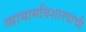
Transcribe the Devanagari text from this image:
व्यायामविशारदाची